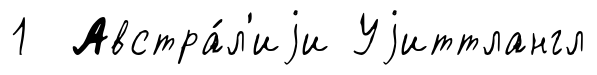
1 Австра́л'иjи Уjиттлангл